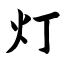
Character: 灯